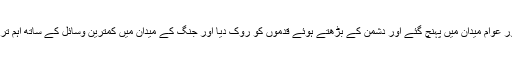
سپاہ ، رضاکار دستے اور عوام میدان میں پہنچ گئے اور دشمن کے بڑھتے ہوئے قدموں کو روک دیا اور جنگ کے میدان میں کمترین وسائل کے ساتھ اہم ترین کارنامے انجام دیئے۔